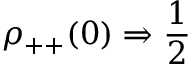
\rho _ { + + } ( 0 ) \Rightarrow { \frac { 1 } { 2 } }